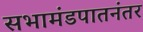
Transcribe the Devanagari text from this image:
सभामंडपातनंतर